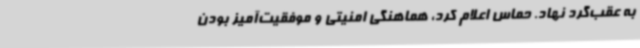
به عقب‌گرد نهاد. حماس اعلام کرد، هماهنگی امنیتی و موفقیت‌آمیز بودن